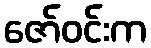
ဇော်ဝင်းက